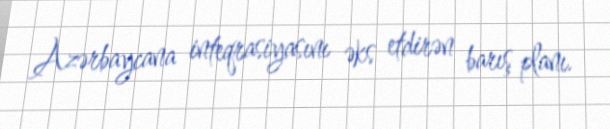
Azərbaycana inteqrasiyasını əks etdirən barış planı.